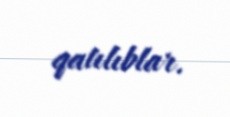
qatılıblar.